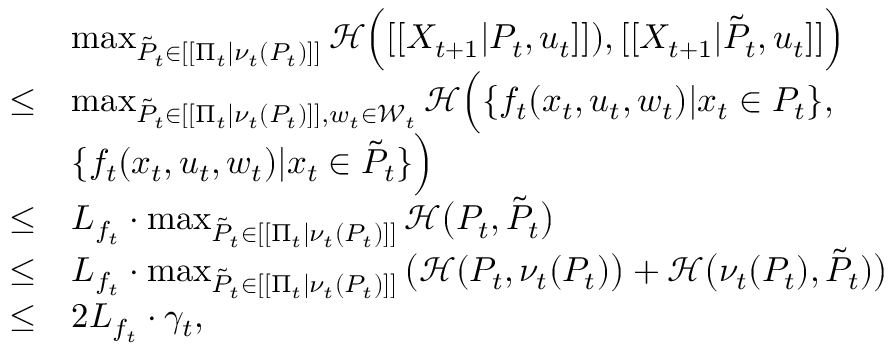
\begin{array} { r l } & { \operatorname* { m a x } _ { \tilde { P } _ { t } \in [ [ \Pi _ { t } | \nu _ { t } ( P _ { t } ) ] ] } \mathcal { H } \Big ( [ [ X _ { t + 1 } | P _ { t } , u _ { t } ] ] ) , [ [ X _ { t + 1 } | \tilde { P } _ { t } , u _ { t } ] ] \Big ) } \\ { \leq } & { \operatorname* { m a x } _ { \tilde { P } _ { t } \in [ [ \Pi _ { t } | \nu _ { t } ( P _ { t } ) ] ] , w _ { t } \in \mathcal { W } _ { t } } \mathcal { H } \Big ( \{ f _ { t } ( x _ { t } , u _ { t } , w _ { t } ) | x _ { t } \in P _ { t } \} , } \\ & { \{ f _ { t } ( x _ { t } , u _ { t } , w _ { t } ) | x _ { t } \in \tilde { P } _ { t } \} \Big ) } \\ { \leq } & { L _ { f _ { t } } \cdot \operatorname* { m a x } _ { \tilde { P } _ { t } \in [ [ \Pi _ { t } | \nu _ { t } ( P _ { t } ) ] ] } \mathcal { H } \big ( P _ { t } , \tilde { P } _ { t } \big ) } \\ { \leq } & { L _ { f _ { t } } \cdot \operatorname* { m a x } _ { \tilde { P } _ { t } \in [ [ \Pi _ { t } | \nu _ { t } ( P _ { t } ) ] ] } \big ( \mathcal { H } ( P _ { t } , \nu _ { t } ( P _ { t } ) \big ) + \mathcal { H } \big ( \nu _ { t } ( P _ { t } ) , \tilde { P } _ { t } ) \big ) } \\ { \leq } & { 2 L _ { f _ { t } } \cdot \gamma _ { t } , } \end{array}